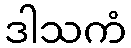
ဒါသကံ